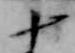
十